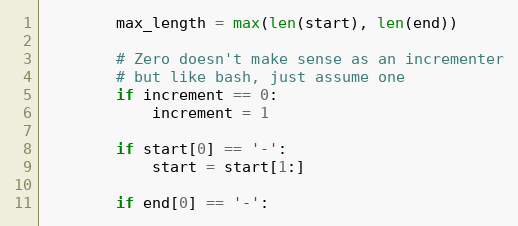
Language: Python
        max_length = max(len(start), len(end))

        # Zero doesn't make sense as an incrementer
        # but like bash, just assume one
        if increment == 0:
            increment = 1

        if start[0] == '-':
            start = start[1:]

        if end[0] == '-':